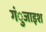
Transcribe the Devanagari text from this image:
गंुजाइश